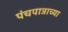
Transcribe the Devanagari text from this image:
पंचपात्राच्या